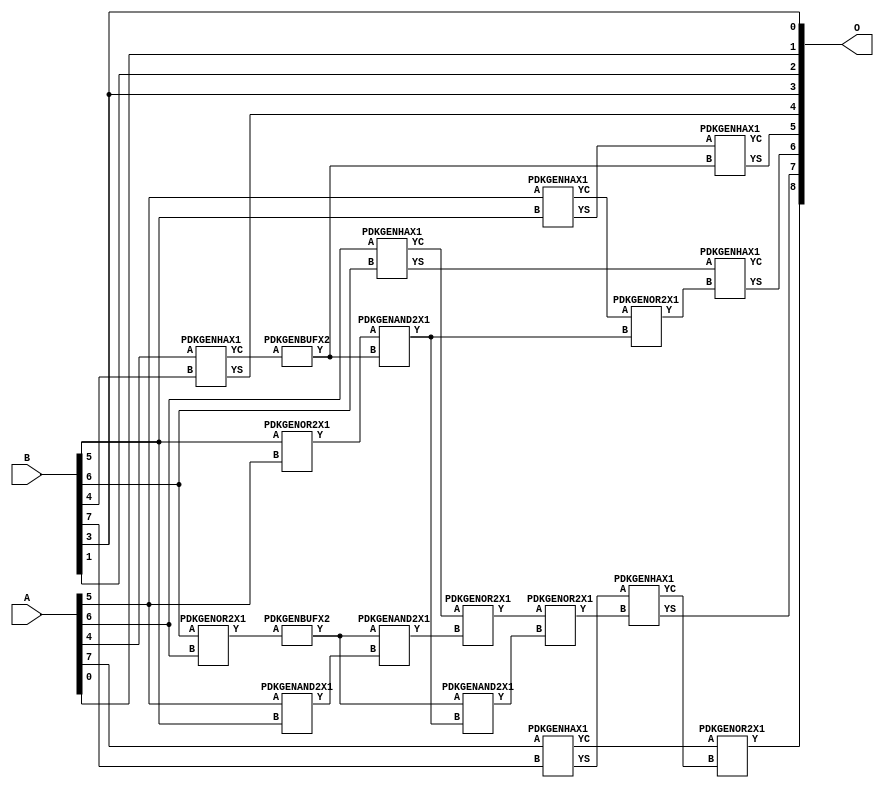
// Library = EvoApprox8b
// Circuit = add8_083
// Area   (180) = 928
// Delay  (180) = 0.780
// Power  (180) = 269.10
// Area   (45) = 61
// Delay  (45) = 0.330
// Power  (45) = 21.91
// Nodes = 19
// HD = 190592
// MAE = 7.73438
// MSE = 83.00000
// MRE = 4.08 %
// WCE = 19
// WCRE = 100 %
// EP = 96.5 %

module add8_083(A, B, O);
  input [7:0] A;
  input [7:0] B;
  output [8:0] O;
  wire [2031:0] N;

  assign N[0] = A[0];
  assign N[1] = A[0];
  assign N[2] = A[1];
  assign N[3] = A[1];
  assign N[4] = A[2];
  assign N[5] = A[2];
  assign N[6] = A[3];
  assign N[7] = A[3];
  assign N[8] = A[4];
  assign N[9] = A[4];
  assign N[10] = A[5];
  assign N[11] = A[5];
  assign N[12] = A[6];
  assign N[13] = A[6];
  assign N[14] = A[7];
  assign N[15] = A[7];
  assign N[16] = B[0];
  assign N[17] = B[0];
  assign N[18] = B[1];
  assign N[19] = B[1];
  assign N[20] = B[2];
  assign N[21] = B[2];
  assign N[22] = B[3];
  assign N[23] = B[3];
  assign N[24] = B[4];
  assign N[25] = B[4];
  assign N[26] = B[5];
  assign N[27] = B[5];
  assign N[28] = B[6];
  assign N[29] = B[6];
  assign N[30] = B[7];
  assign N[31] = B[7];

  PDKGENOR2X1 n44(.A(N[28]), .B(N[12]), .Y(N[44]));
  PDKGENBUFX2 n64(.A(N[44]), .Y(N[64]));
  PDKGENHAX1 n68(.A(N[8]), .B(N[24]), .YS(N[68]), .YC(N[69]));
  PDKGENBUFX2 n70(.A(N[69]), .Y(N[70]));
  assign N[71] = N[70];
  PDKGENHAX1 n78(.A(N[10]), .B(N[26]), .YS(N[78]), .YC(N[79]));
  PDKGENHAX1 n86(.A(N[12]), .B(N[28]), .YS(N[86]), .YC(N[87]));
  PDKGENHAX1 n96(.A(N[14]), .B(N[30]), .YS(N[96]), .YC(N[97]));
  PDKGENAND2X1 n130(.A(N[10]), .B(N[26]), .Y(N[130]));
  assign N[131] = N[130];
  PDKGENOR2X1 n134(.A(N[26]), .B(N[10]), .Y(N[134]));
  assign N[135] = N[134];
  PDKGENAND2X1 n162(.A(N[64]), .B(N[131]), .Y(N[162]));
  PDKGENOR2X1 n180(.A(N[87]), .B(N[162]), .Y(N[180]));
  assign N[181] = N[180];
  PDKGENAND2X1 n226(.A(N[135]), .B(N[71]), .Y(N[226]));
  assign N[227] = N[226];
  PDKGENOR2X1 n244(.A(N[79]), .B(N[227]), .Y(N[244]));
  assign N[245] = N[244];
  PDKGENAND2X1 n254(.A(N[64]), .B(N[226]), .Y(N[254]));
  assign N[255] = N[254];
  PDKGENOR2X1 n272(.A(N[181]), .B(N[255]), .Y(N[272]));
  assign N[273] = N[272];
  PDKGENHAX1 n394(.A(N[78]), .B(N[71]), .YS(N[394]), .YC(N[395]));
  PDKGENHAX1 n404(.A(N[86]), .B(N[245]), .YS(N[404]), .YC(N[405]));
  PDKGENHAX1 n412(.A(N[96]), .B(N[273]), .YS(N[412]), .YC(N[413]));
  PDKGENOR2X1 n422(.A(N[97]), .B(N[413]), .Y(N[422]));

  assign O[0] = N[22];
  assign O[1] = N[0];
  assign O[2] = N[18];
  assign O[3] = N[22];
  assign O[4] = N[68];
  assign O[5] = N[394];
  assign O[6] = N[404];
  assign O[7] = N[412];
  assign O[8] = N[422];

endmodule
/* mod */
module PDKGENAND2X1(input A, input B, output Y );
     assign Y = A & B;
endmodule
/* mod */
module PDKGENOR2X1(input A, input B, output Y );
     assign Y = A | B;
endmodule
/* mod */
module PDKGENHAX1( input A, input B, output YS, output YC );
    assign YS = A ^ B;
    assign YC = A & B;
endmodule
/* mod */
module PDKGENBUFX2(input A, output Y );
     assign Y = A;
endmodule